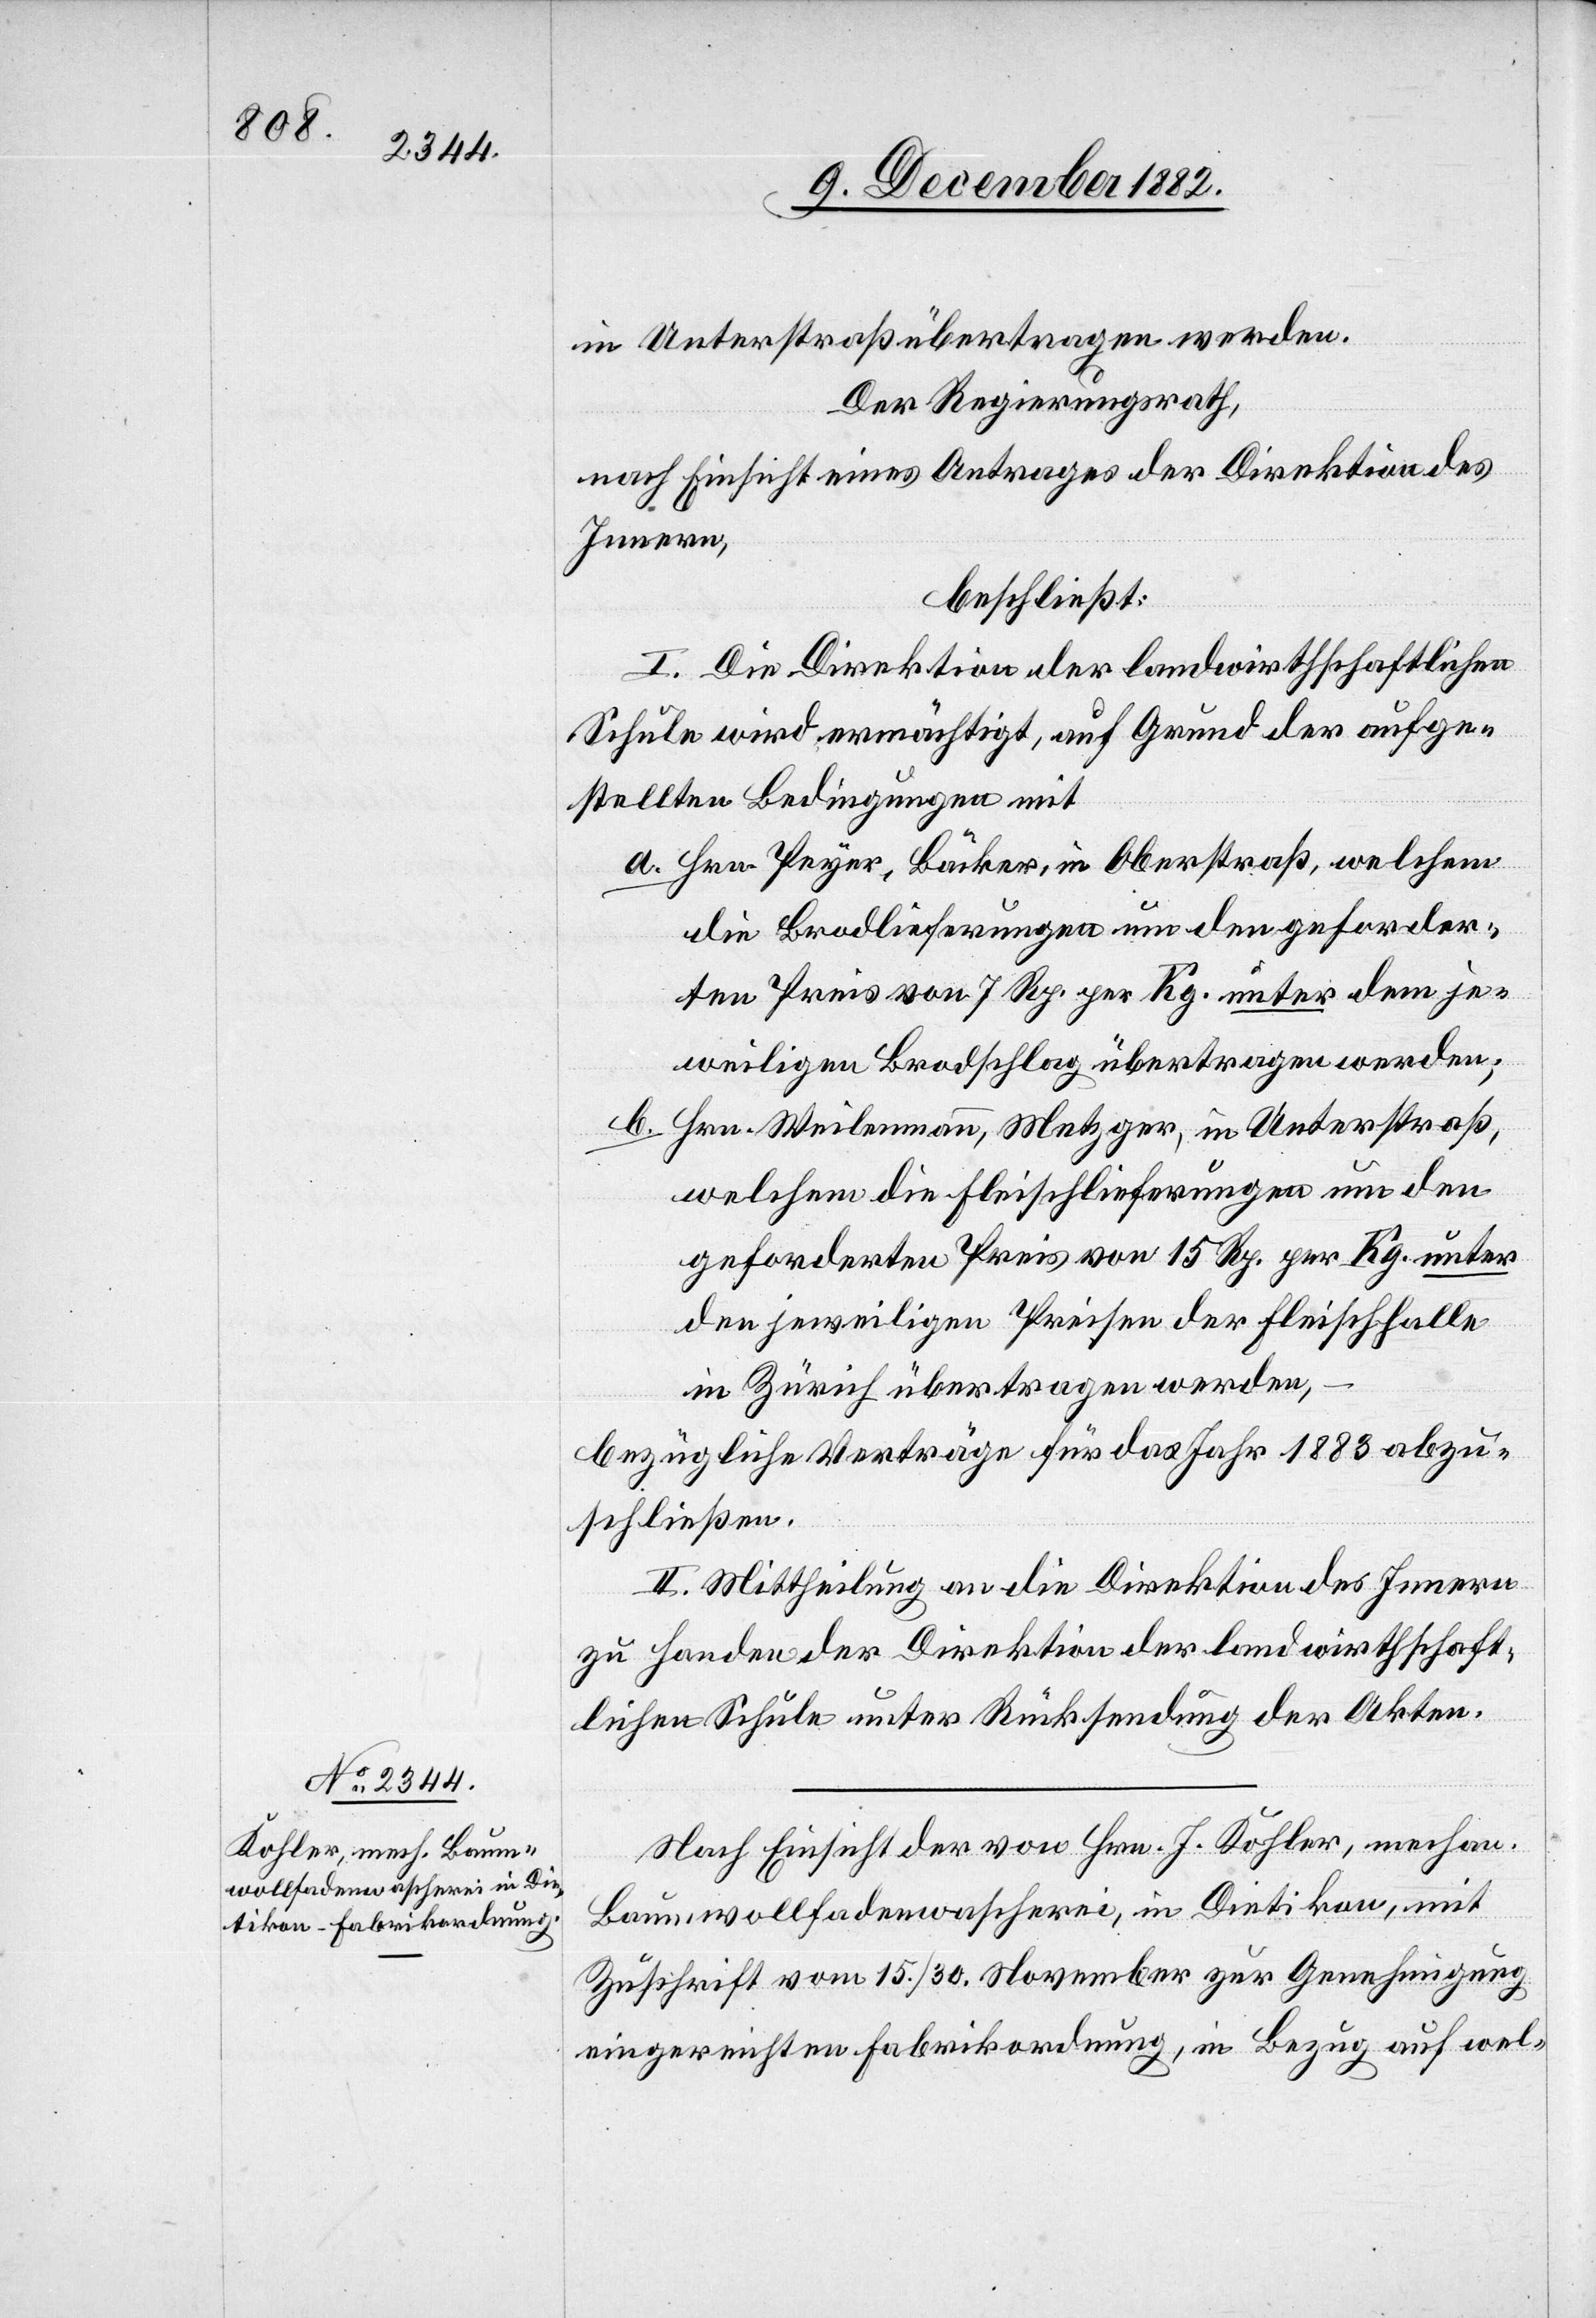
in Unterstraß übertragen werden.
Der Regierungsrath,
nach Einsicht eines Antrages der Direktion des
Innern,
beschließt:
I. Die Direktion der landwirthschaftlichen
Schule wird ermächtigt, auf Grund der aufge¬
stellten Bedingungen mit
a. Hrn. Peyer, Bäcker, in Oberstraß, welchem
die Brodlieferungen um den geforder¬
ten Preis von 7 Rp. per Kg. unter dem je¬
weiligen Brodschlag übertragen werden;
b. Hrn. Weilenmann, Metzger, in Unterstraß,
welchem die Fleischlieferungen um den
geforderten Preis von 15 Rp. [sic!] per Kg. unter
den jeweiligen Preisen der Fleischhalle
in Zürich übertragen werden,
bezügliche Verträge für das Jahr 1883 abzu¬
schließen.
II. Mittheilung an die Direktion des Innern
zu Handen der Direktion der landwirthschaft¬
lichen Schule unter Rücksendung der Akten.
Nach Einsicht der von Hrn. Kohler, mechan.
Baumwollfadenwascherei, in Dietikon, mit
Zuschrift vom 15./30. November zur Genehmigung
eingereichten Fabrikordnung, in Bezug auf wel-